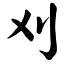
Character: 刈